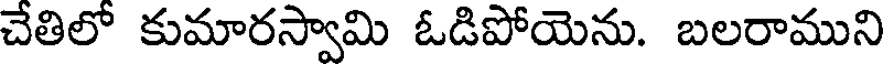
చేతిలో కుమారస్వామి ఓడిపోయెను. బలరాముని